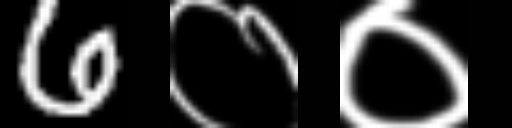
Text: 6००